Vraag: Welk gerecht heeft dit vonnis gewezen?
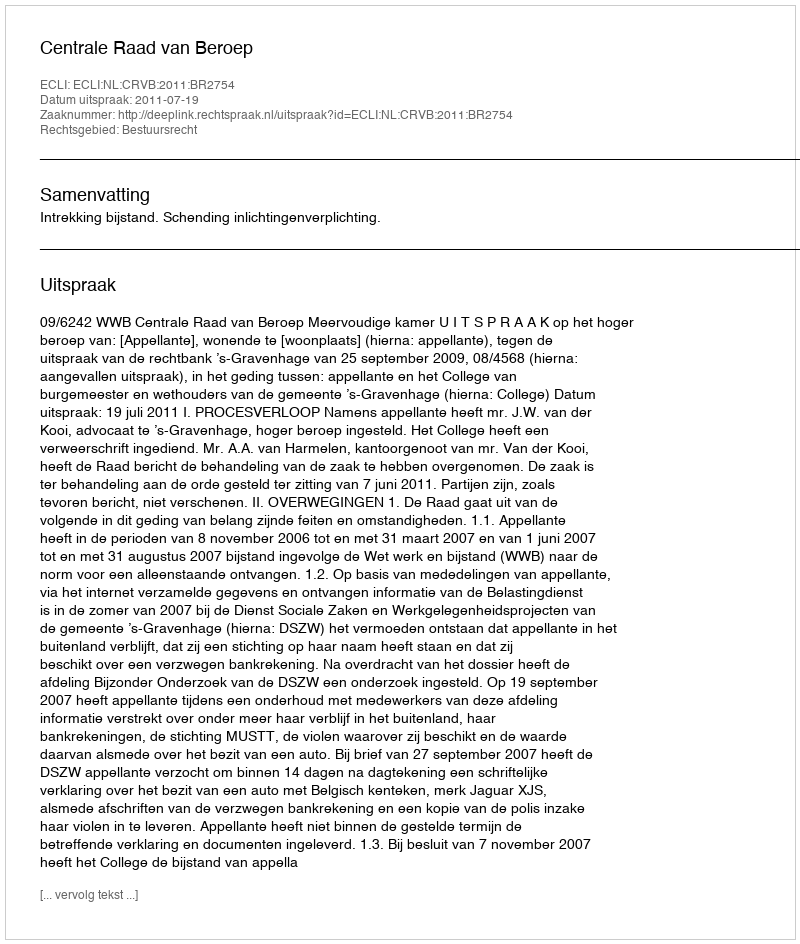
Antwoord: Centrale Raad van Beroep